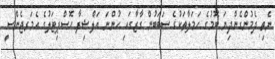
ނެތި ދެމުންގެންދިޔަ ބޮމުގެ ހަމަލާތަކުގެ ސަބަބުން ގާޒާގައި ހުންނަ އަލްޝިފާ ހޮސްޕިޓަލުގެ އެމަރޖެންސީ